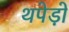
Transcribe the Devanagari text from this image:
थपेड़ो